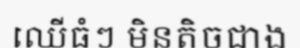
ឈើធំៗ មិនតិចជាង